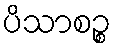
ပိသာစဉ္စ